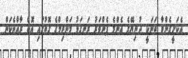
އެކަށީގެންވާ ތަނަކީ ދުނިޔޭގެ އެންމެ ފެންވަރު ރަނގަޅު މަންޒިލްގެ ގޮތުގައި އޮތް ރާއްޖެކަން